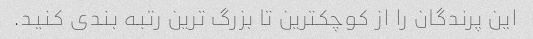
این پرندگان را از کوچکترین تا بزرگ ترین رتبه بندی کنید.